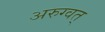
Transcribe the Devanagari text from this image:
अरुग्वत्